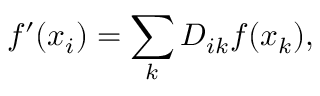
f ^ { \prime } ( x _ { i } ) = \sum _ { k } D _ { i k } f ( x _ { k } ) ,